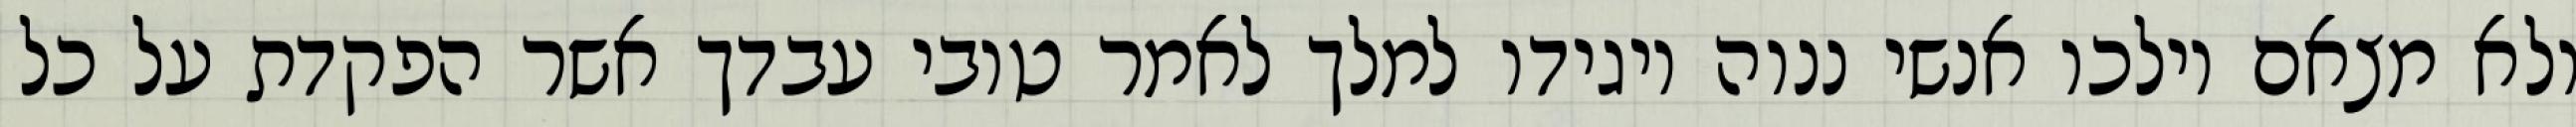
ולא מצאם וילכו אנשי ננוה ויגידו למלך לאמר טובי עבדך אשר הפקדת על כל